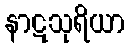
နာဋသုရိယာ